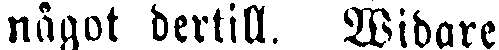
något dertill. Widare.